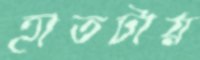
হাতটায়